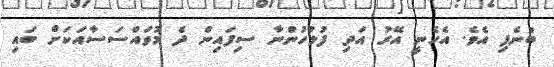
ބުނެފި އެވެ. އެހެނީ އޭރު އަދި ފުލުހުންނާ ސިފައިން ދެ މުވައްސަސާއަކަށް ބައި